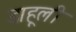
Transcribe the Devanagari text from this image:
डाहूली